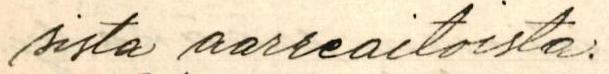
sista aarreaitoista.